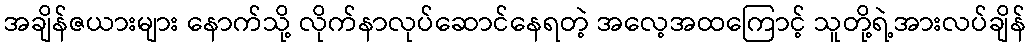
အချိန်ဇယားများ နောက်သို့ လိုက်နာလုပ်ဆောင်နေရတဲ့ အလေ့အထကြောင့် သူတို့ရဲ့အားလပ်ချိန်